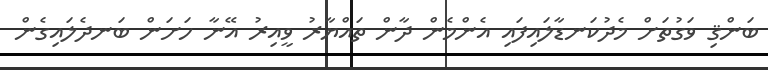
ބަންޤި ވަގުތަށް މެދުކަނޑާލައިފައި އެންމެން ދާން ތައްޔާރު ވީއިރު އޭނާ ހަށަން ބަނދެލައިގެން